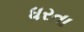
ધરતા